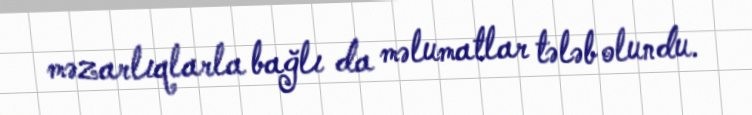
məzarlıqlarla bağlı da məlumatlar tələb olundu.